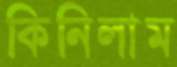
কিনিলাম